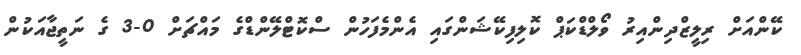
ކޭންއަށް ރިލީޒްދިންއިރު ވޯލްޑްކަޕް ކޮލިފިކޭޝަންގައި އެންމެފަހުން ސްކޮޓްލޭންޑްގެ މައްޗަށް 0-3 ގެ ނަތީޖާއަކުން